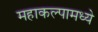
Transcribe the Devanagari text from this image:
महाकल्पामध्ये